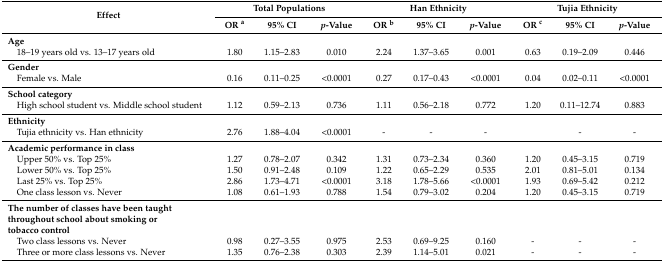
<table><thead><tr><td rowspan="2"><b>Effect</b></td><td colspan="3"><b>Total Populations</b></td><td colspan="3"><b>Han Ethnicity</b></td><td colspan="3"><b>Tujia Ethnicity</b></td></tr><tr><td><b>OR <sup>a</sup></b></td><td><b>95% CI</b></td><td><b><i>p</i>-Value</b></td><td><b>OR <sup>b</sup></b></td><td><b>95% CI</b></td><td><b><i>p</i>-Value</b></td><td><b>OR <sup>c</sup></b></td><td><b>95% CI</b></td><td><b><i>p</i>-Value</b></td></tr></thead><tbody><tr><td><b>Age</b></td><td></td><td></td><td></td><td></td><td></td><td></td><td></td><td></td><td></td></tr><tr><td> 18–19 years old vs. 13–17 years old</td><td>1.80</td><td>1.15–2.83</td><td>0.010</td><td>2.24</td><td>1.37–3.65</td><td>0.001</td><td>0.63</td><td>0.19–2.09</td><td>0.446</td></tr><tr><td><b>Gender</b></td><td></td><td></td><td></td><td></td><td></td><td></td><td></td><td></td><td></td></tr><tr><td> Female vs. Male</td><td>0.16</td><td>0.11–0.25</td><td>&lt;0.0001</td><td>0.27</td><td>0.17–0.43</td><td>&lt;0.0001</td><td>0.04</td><td>0.02–0.11</td><td>&lt;0.0001</td></tr><tr><td><b>School category</b></td><td></td><td></td><td></td><td></td><td></td><td></td><td></td><td></td><td></td></tr><tr><td> High school student vs. Middle school student</td><td>1.12</td><td>0.59–2.13</td><td>0.736</td><td>1.11</td><td>0.56–2.18</td><td>0.772</td><td>1.20</td><td>0.11–12.74</td><td>0.883</td></tr><tr><td><b>Ethnicity</b></td><td></td><td></td><td></td><td></td><td></td><td></td><td></td><td></td><td></td></tr><tr><td> Tujia ethnicity vs. Han ethnicity</td><td>2.76</td><td>1.88–4.04</td><td>&lt;0.0001</td><td>-</td><td>-</td><td>-</td><td></td><td>-</td><td>-</td></tr><tr><td><b>Academic performance in class</b></td><td></td><td></td><td></td><td></td><td></td><td></td><td></td><td></td><td></td></tr><tr><td> Upper 50% vs. Top 25%</td><td>1.27</td><td>0.78–2.07</td><td>0.342</td><td>1.31</td><td>0.73–2.34</td><td>0.360</td><td>1.20</td><td>0.45–3.15</td><td>0.719</td></tr><tr><td> Lower 50% vs. Top 25%</td><td>1.50</td><td>0.91–2.48</td><td>0.109</td><td>1.22</td><td>0.65–2.29</td><td>0.535</td><td>2.01</td><td>0.81–5.01</td><td>0.134</td></tr><tr><td> Last 25% vs. Top 25%</td><td>2.86</td><td>1.73–4.71</td><td>&lt;0.0001</td><td>3.18</td><td>1.78–5.66</td><td>&lt;0.0001</td><td>1.93</td><td>0.69–5.42</td><td>0.212</td></tr><tr><td> One class lesson vs. Never</td><td>1.08</td><td>0.61–1.93</td><td>0.788</td><td>1.54</td><td>0.79–3.02</td><td>0.204</td><td>1.20</td><td>0.45–3.15</td><td>0.719</td></tr><tr><td><b>The number of classes have been taught throughout school about smoking or tobacco control</b></td><td></td><td></td><td></td><td></td><td></td><td></td><td></td><td></td><td></td></tr><tr><td> Two class lessons vs. Never</td><td>0.98</td><td>0.27–3.55</td><td>0.975</td><td>2.53</td><td>0.69–9.25</td><td>0.160</td><td>-</td><td>-</td><td>-</td></tr><tr><td> Three or more class lessons vs. Never</td><td>1.35</td><td>0.76–2.38</td><td>0.303</td><td>2.39</td><td>1.14–5.01</td><td>0.021</td><td>-</td><td>-</td><td>-</td></tr></tbody></table>